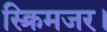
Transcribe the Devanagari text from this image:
स्क्रिमजर।